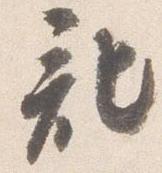
記